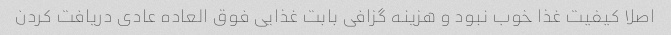
اصلا کیفیت غذا خوب نبود و هزینه گزافی بابت غذایی فوق العاده عادی دریافت کردن